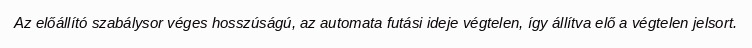
Az előállító szabálysor véges hosszúságú, az automata futási ideje végtelen, így állítva elő a végtelen jelsort.